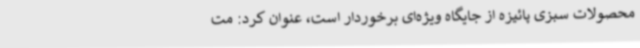
محصولات سبزی پائیزه از جایگاه ویژه‌ای برخوردار است، عنوان کرد: مت